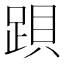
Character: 䟺